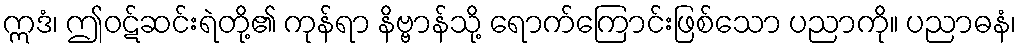
ဣဒံ၊ ဤဝဋ်ဆင်းရဲတို့၏ ကုန်ရာ နိဗ္ဗာန်သို့ ရောက်ကြောင်းဖြစ်သော ပညာကို။ ပညာဓနံ၊